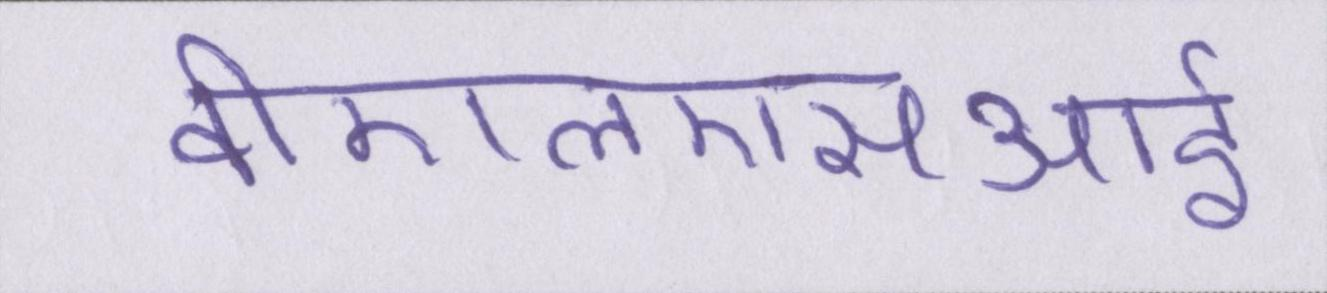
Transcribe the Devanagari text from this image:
वीएलएसआई